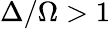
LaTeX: \Delta/\Omega>1